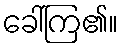
ခေါ်ကြ၏။